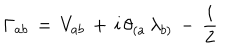
\Gamma _ { a b } \, = \, V _ { a b } \, + \, i \, \theta _ { ( a } \, \lambda _ { b ) } \, - \, \frac { i } { 2 }